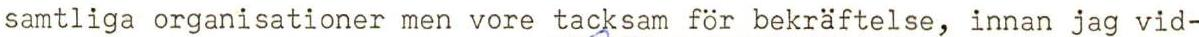
samtliga organisationer men vore tacksam för bekräftelse, innan jag vid-